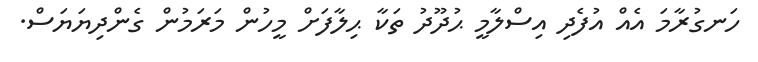
ހަނގުރާމަ އެއް އުފެދި އިސްލާމީ ޙުދޫދު ތަކާ ޙިލާފަށް މީހުން މަރަމުން ގެންދިޔަޔަސް.